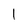
Character: I